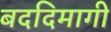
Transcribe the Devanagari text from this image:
बददिमागी